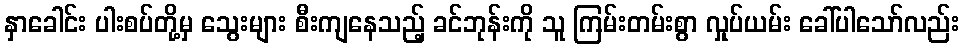
နှာခေါင်း ပါးစပ်တို့မှ သွေးများ စီးကျနေသည့် ခင်ဘုန်းကို သူ ကြမ်းတမ်းစွာ လှုပ်ယမ်း ခေါ်ပါသော်လည်း